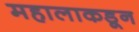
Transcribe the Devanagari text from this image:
महालाकडून